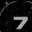
Digit: 7